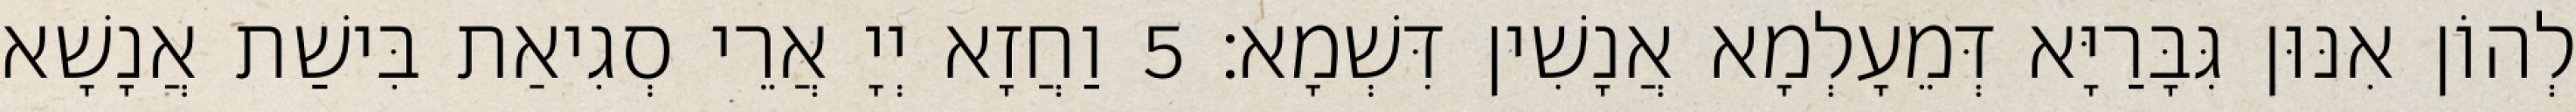
לְהוֹן אִנּוּן גִּבָּרַיָּא דְּמֵעָלְמָא אֲנָשִׁין דִּשְׁמָא׃ 5 וַחֲזָא יְיָ אֲרֵי סְגִיאַת בִּישַׁת אֲנָשָׁא